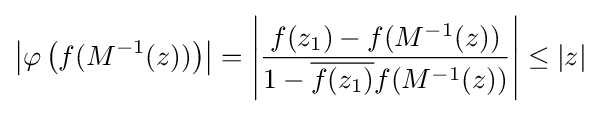
\left|\varphi \left(f(M^{-1}(z))\right)\right|=\left|{\frac {f(z_{1})-f(M^{-1}(z))}{1-{\overline {f(z_{1})}}f(M^{-1}(z))}}\right|\leq |z|